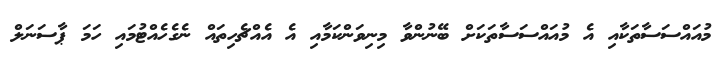
މުއައްސަސާތަކާއި އެ މުއައްސަސާތަކަށް ބޭނުންވާ މިނިވަންކަމާއި އެ އެއްޗެހިތައް ނެގެހެއްޓުމައި ހަމަ ޕާސަނަލް